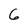
Character: 6